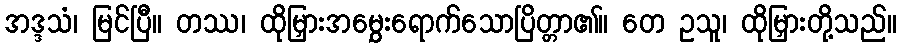
အဒ္ဒသံ၊ မြင်ပြီ။ တဿ၊ ထိုမြှားအမွှေးရောက်သောပြိတ္တာ၏။ တေ ဥသူ၊ ထိုမြှားတို့သည်။